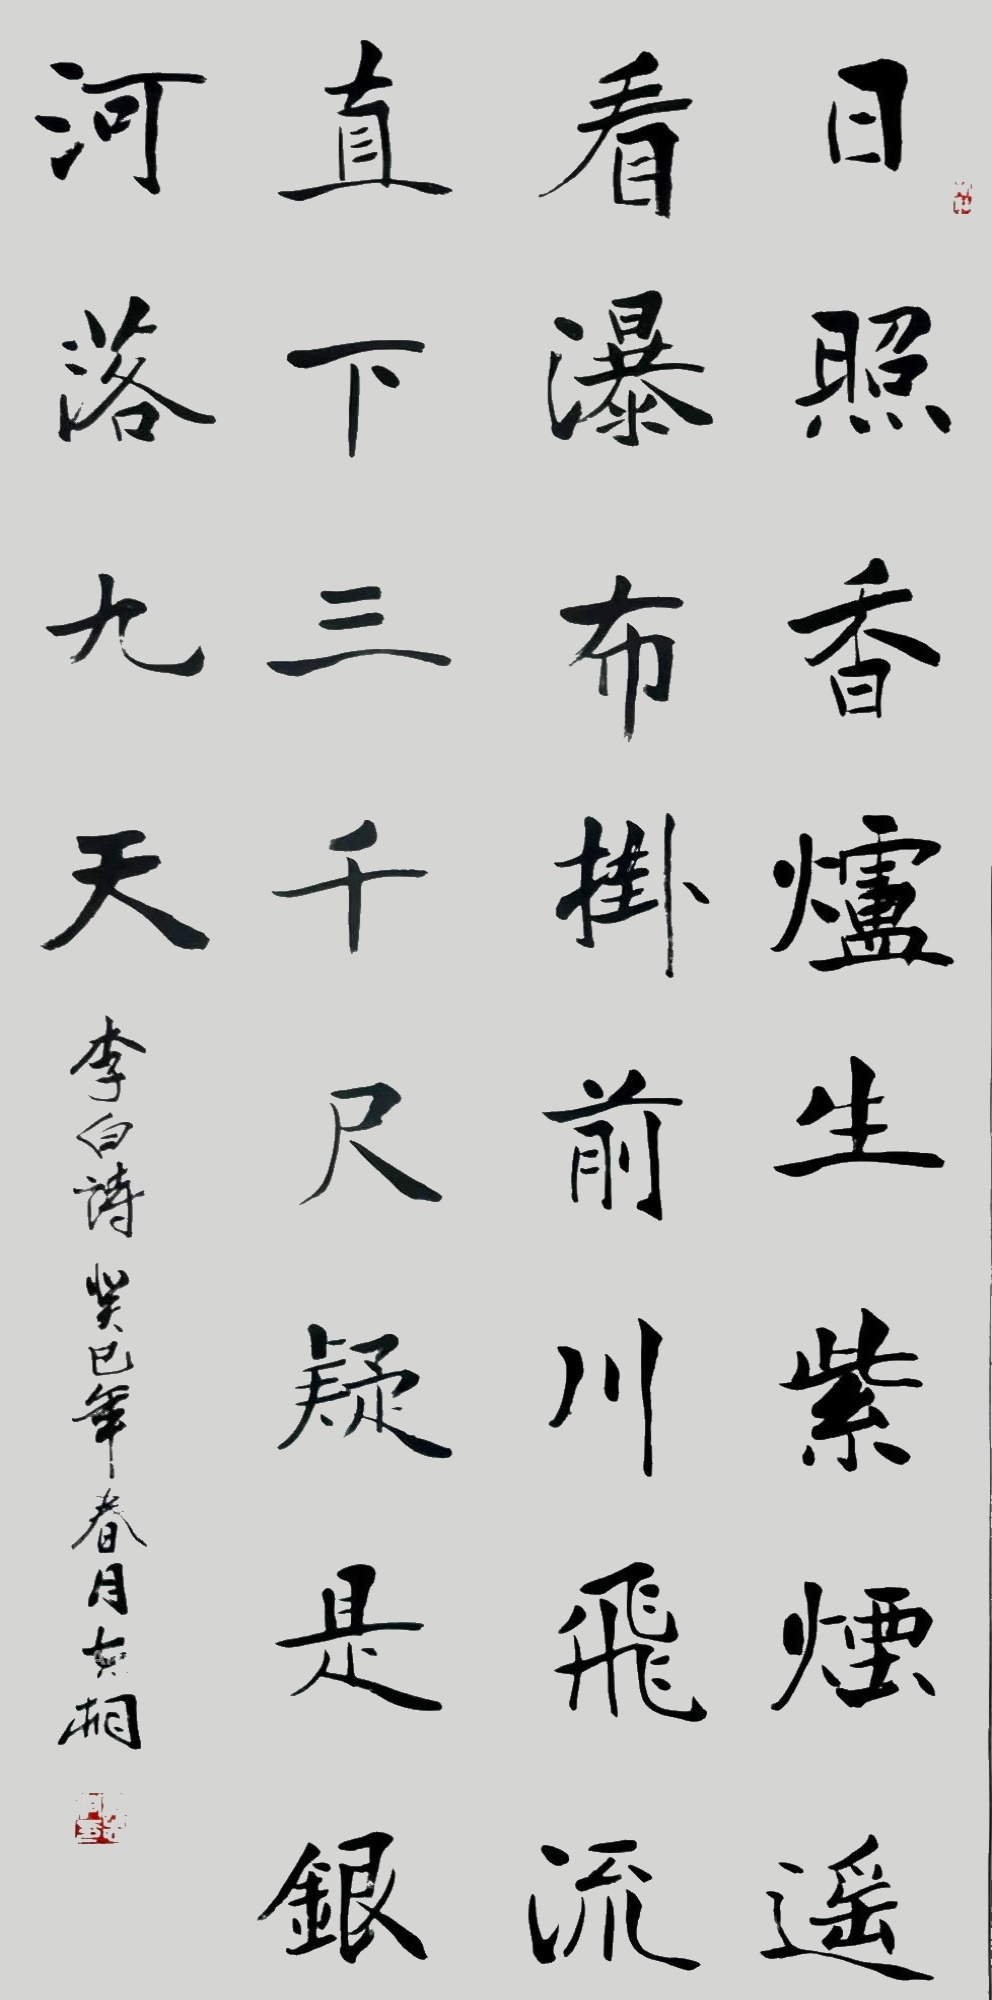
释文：日照香炉生紫烟，遥看瀑布挂前川。飞流直下三千尺，疑是银河落九天。乙酉年仲夏，郁志桐书。